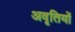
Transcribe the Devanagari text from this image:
अवृतियों